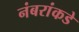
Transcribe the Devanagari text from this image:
नंबरांकडे